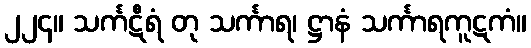
၂၂၄။ သင်္ကဋီရံ တု သင်္ကာရ၊ ဋ္ဌာနံ သင်္ကာရကူဋကံ။